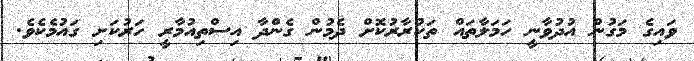
ވައިގެ މަގުން އުދުވާނީ ހަމަލާތައް ތަކުރާރުކޮށް ދެމުން ގެންދާ އިސްތިއުމާރީ ހަރުކަށި ގައުމެކެވެ.